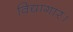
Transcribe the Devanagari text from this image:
विद्यागार।